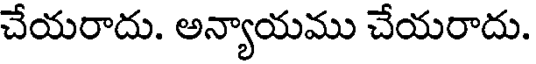
చేయరాదు. అన్యాయము చేయరాదు.